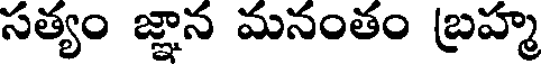
సత్యం జ్ఞాన మనంతం బ్రహ్మ